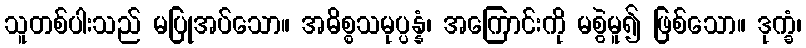
သူတစ်ပါးသည် မပြုအပ်သော။ အဓိစ္စသမုပ္ပန္နံ၊ အကြောင်းကို မစွဲမူ၍ ဖြစ်သော။ ဒုက္ခံ၊